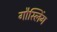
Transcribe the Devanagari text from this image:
गौस्लिंग